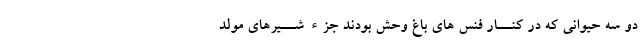
دو سه حیوانى که در کنــار فنس هاى باغ وحش بودند جزء شــیرهاى مولد